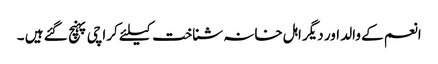
انعم کے والد اور دیگر اہل خانہ شناخت کیلئے کراچی پہنچ گئے ہیں ۔